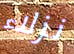
نزلاء